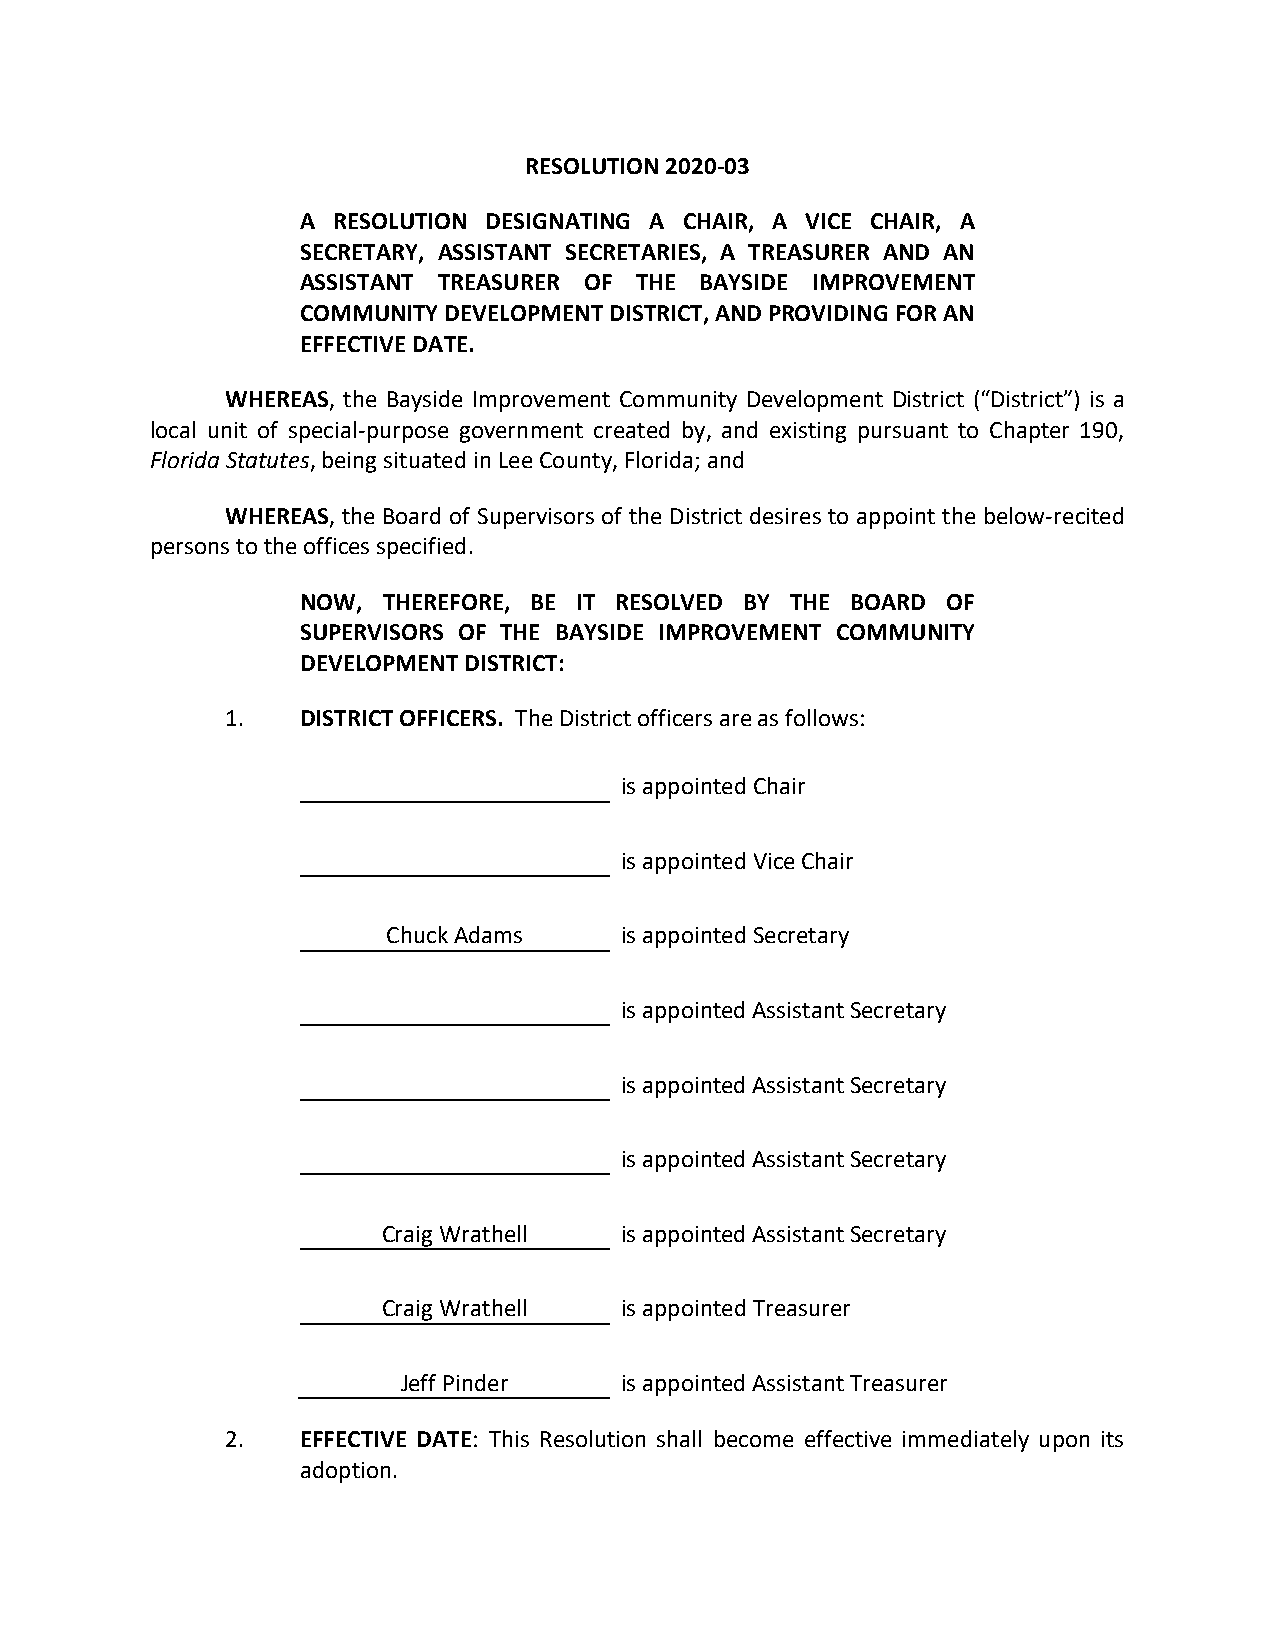
RESOLUTION 2020-03
 A RESOLUTION DESIGNATING A CHAIR, A VICE CHAIR, A
 SECRETARY, ASSISTANT SECRETARIES, A TREASURER AND AN
 ASSISTANT TREASURER OF THE BAYSIDE IMPROVEMENT
 COMMUNITY DEVELOPMENT DISTRICT, AND PROVIDING FOR AN
 EFFECTIVE DATE.
 WHEREAS, the Bayside Improvement Community Development District (“District”) is a
 local unit of special-purpose government created by, and existing pursuant to Chapter 190,
 Florida Statutes, being situated in Lee County, Florida; and
 WHEREAS, the Board of Supervisors of the District desires to appoint the below-recited
 persons to the offices specified.
 NOW, THEREFORE, BE IT RESOLVED BY THE BOARD OF
 SUPERVISORS OF THE BAYSIDE IMPROVEMENT COMMUNITY
 DEVELOPMENT DISTRICT:
 1.   DISTRICT OFFICERS. The District officers are as follows:
 is appointed Chair
 is appointed Vice Chair
 Chuck Adams    is appointed Secretary
 is appointed Assistant Secretary
 is appointed Assistant Secretary
 is appointed Assistant Secretary
 Craig Wrathell  is appointed Assistant Secretary
 Craig Wrathell  is appointed Treasurer
 Jeff Pinder   is appointed Assistant Treasurer
 2.   EFFECTIVE DATE: This Resolution shall become effective immediately upon its
 adoption.